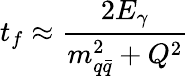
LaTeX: t_{f}\approx\frac{2E_{\gamma}}{m_{q\bar{q}}^{2}+Q^{2}}